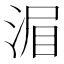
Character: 𣷍